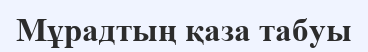
Мұрадтың қаза табуы